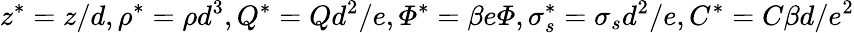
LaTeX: z^{*}=z/d,\rho^{*}=\rho d^{3},Q^{*}=Qd^{2}/e,\varPhi^{*}=\beta e\varPhi,\sigma_{s}^{*}=\sigma_{s}d^{2}/e,C^{*}=C\beta d/e^{2}